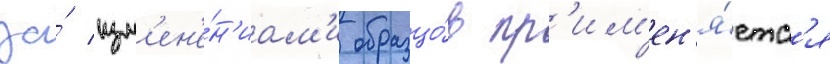
за́ изм'ен'е́н'иам'и образцо́в пр'им'ен'я́етс'я